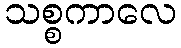
သစ္စကာလေ